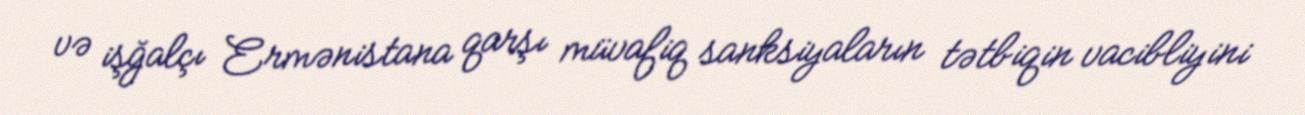
və işğalçı Ermənistana qarşı müvafiq sanksiyaların tətbiqin vacibliyini